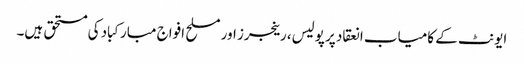
ایونٹ کے کامیاب انعقاد پر پولیس، رینجرز اور مسلح افواج مبارکباد کی مستحق ہیں۔